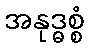
အနုဒ္ဓစ္စံ